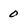
Character: 0